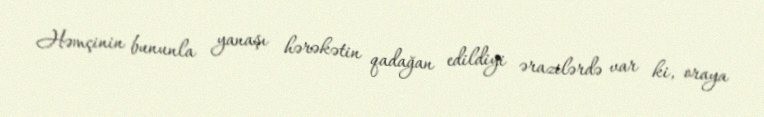
Həmçinin bununla yanaşı hərəkətin qadağan edildiyi ərazilərdə var ki, oraya